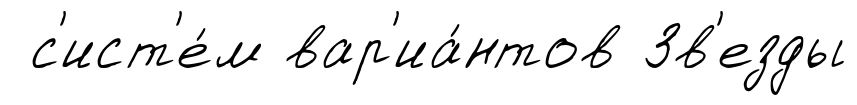
с'ист'е́м вар'иа́нтов Зв'езды